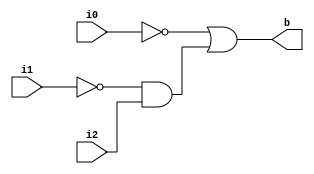
`timescale 1ns / 1ns
module my_module(b, i0, i1, i2);
input i0, i1, i2;
output b;
wire not_i0, not_i1, not_i1_and_i2;

not(not_i0, i0);
not(not_i1, i1);
and(not_i1_and_i2, not_i1, i2);
or(b, not_i0, not_i1_and_i2);

endmodule